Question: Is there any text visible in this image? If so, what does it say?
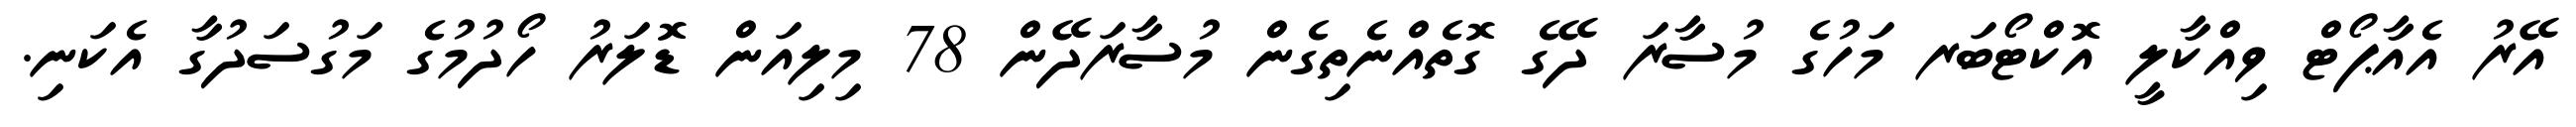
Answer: އޭރު އެއާޕޯޓް ވިއްކާލީ އޮކްޓޯބަރ މަހުގެ މުސާރަ ދޭގެ ގޮތެއްނެތިގެން މުސާރަދޭން 78 މިލިއަން ޑޮލަރު ހޯދުމުގެ މަގުސަދުގާ އެކަނި.